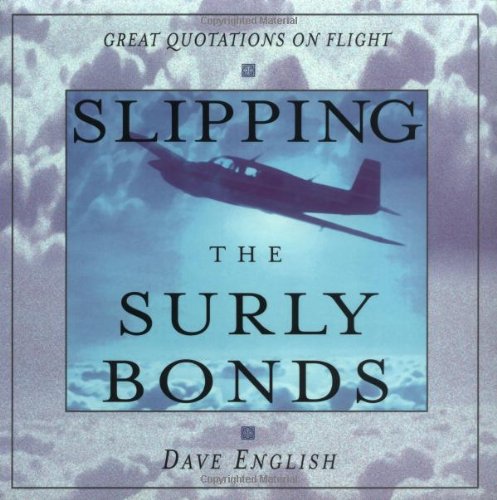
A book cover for Slipping the Surly Bonds: Great Quotations on Flight; Dave English; Sports & Outdoors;